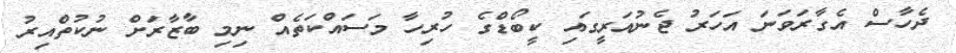
ދެހާސް އެގާރަވަނަ އަހަރު ޖެނުއަރީގައި ކީބޯޑްގެ ހުރިހާ މަސައްކަތެއް ނިމި ބާޒާރަށް ނުކުތްއިރު